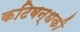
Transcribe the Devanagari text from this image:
कटिबन्धकी